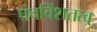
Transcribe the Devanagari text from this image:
पंचविंशतत्व